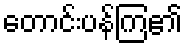
တောင်းပန်ကြ၏